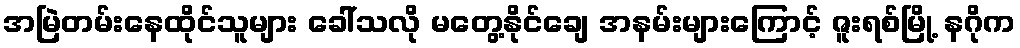
အမြဲတမ်းနေထိုင်သူများ ခေါ်သလို မတွေ့နိုင်ချေ အနမ်းများကြောင့် ဇူးရစ်မြို့ နဂိုက